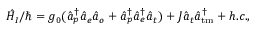
\hat { H } _ { I } / \hbar = g _ { 0 } ( \hat { a } _ { p } ^ { \dagger } \hat { a } _ { e } \hat { a } _ { o } + \hat { a } _ { p } ^ { \dagger } \hat { a } _ { e } ^ { \dagger } \hat { a } _ { t } ) + J \hat { a } _ { t } \hat { a } _ { \mathrm { t m } } ^ { \dagger } + h . c . ,